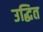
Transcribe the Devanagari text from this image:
उद्धित